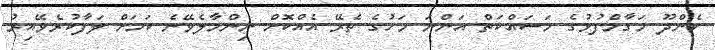
ކެންދޫ މަގާމްފުޅުގެ މަސައްކަތް އަންނަ މަހުގެ ތެރޭ އެއްކޮށް ނިންމާލެވޭނެ ކަމަށް ލަފާކުރެވޭއިރު